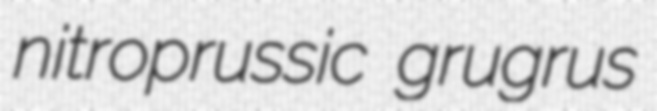
nitroprussic grugrus